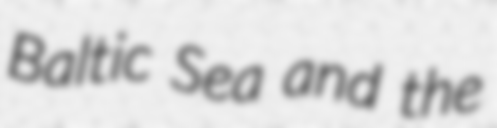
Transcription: Baltic Sea and the